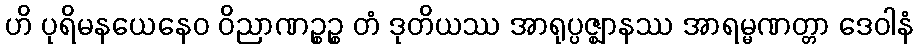
ဟိ ပုရိမနယေနေဝ ဝိညာဏဉ္စဉ္စ တံ ဒုတိယဿ အာရုပ္ပဇ္ဈာနဿ အာရမ္မဏတ္တာ ဒေဝါနံ